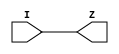
// Copyright 2022 GlobalFoundries PDK Authors
//
// Licensed under the Apache License, Version 2.0 (the "License");
// you may not use this file except in compliance with the License.
// You may obtain a copy of the License at
//
//      http://www.apache.org/licenses/LICENSE-2.0
//
// Unless required by applicable law or agreed to in writing, software
// distributed under the License is distributed on an "AS IS" BASIS,
// WITHOUT WARRANTIES OR CONDITIONS OF ANY KIND, either express or implied.
// See the License for the specific language governing permissions and
// limitations under the License.

module gf180mcu_fd_sc_mcu9t5v0__dlyd_1( I, Z );
input I;
output Z;

	buf MGM_BG_0( Z, I );

endmodule